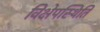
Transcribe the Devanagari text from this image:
विक्षेपस्थिति